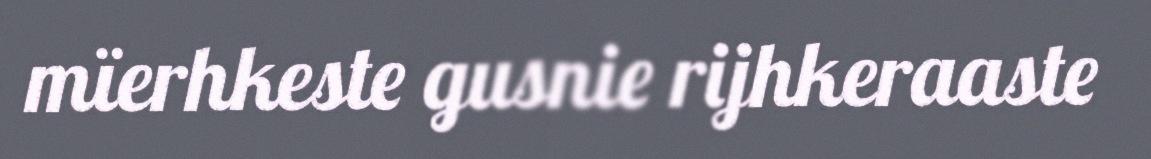
mïerhkeste gusnie rijhkeraaste